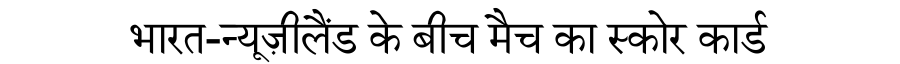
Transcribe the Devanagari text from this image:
भारत-न्यूज़ीलैंड के बीच मैच का स्कोर कार्ड